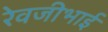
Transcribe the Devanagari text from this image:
रेवजीभाई